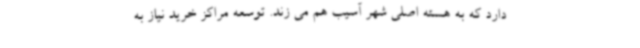
دارد که به هسته اصلی شهر آسیب هم می زند. توسعه مراکز خرید نیاز به